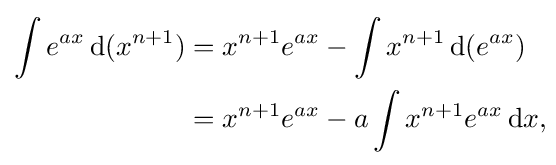
{\begin{aligned}\int e^{ax}\,{\text{d}}(x^{n+1})&=x^{n+1}e^{ax}-\int x^{n+1}\,{\text{d}}(e^{ax})\\&=x^{n+1}e^{ax}-a\int x^{n+1}e^{ax}\,{\text{d}}x,\end{aligned}}\!